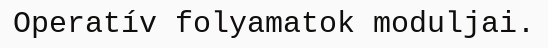
Operatív folyamatok moduljai.